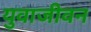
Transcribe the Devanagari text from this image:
युवाजीवन